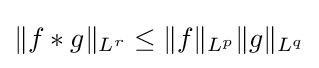
\|f\ast g\|_{L^{r}}\leq \|f\|_{L^{p}}\|g\|_{L^{q}}